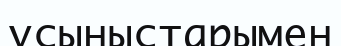
ұсыныстарымен